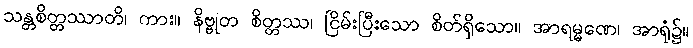
သန္တစိတ္တဿာတိ၊ ကား။ နိဗ္ဗုတ စိတ္တဿ၊ ငြိမ်းပြီးသော စိတ်ရှိသော။ အာရမ္မဏေ၊ အာရုံ၌။